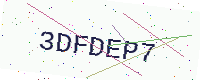
Text: 3DFDEP7